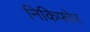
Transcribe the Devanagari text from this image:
निकिफोर